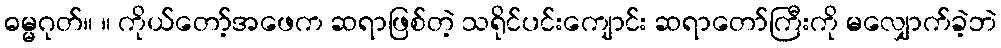
ဓမ္မဂုတ်။ ။ ကိုယ်တော့်အဖေက ဆရာဖြစ်တဲ့ သရိုင်ပင်းကျောင်း ဆရာတော်ကြီးကို မလျှောက်ခဲ့ဘဲ